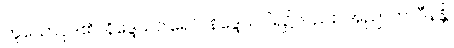
ဟူသောပုဒ်၏။ နိဒ္ဒေသဝါရေပိ၊ နိဒ္ဒေသဝါရ၌လည်း။ အညာတာဝီနန္တိ၊